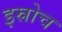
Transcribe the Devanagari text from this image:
इस्रोच